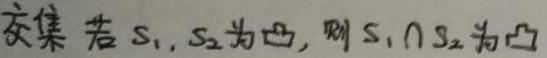
交集 若 $S_1$, $S_2$ 为凸，则 $S_1 \cap S_2$ 为凸